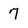
Character: 7